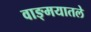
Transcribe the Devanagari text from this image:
वाङ्मयातले